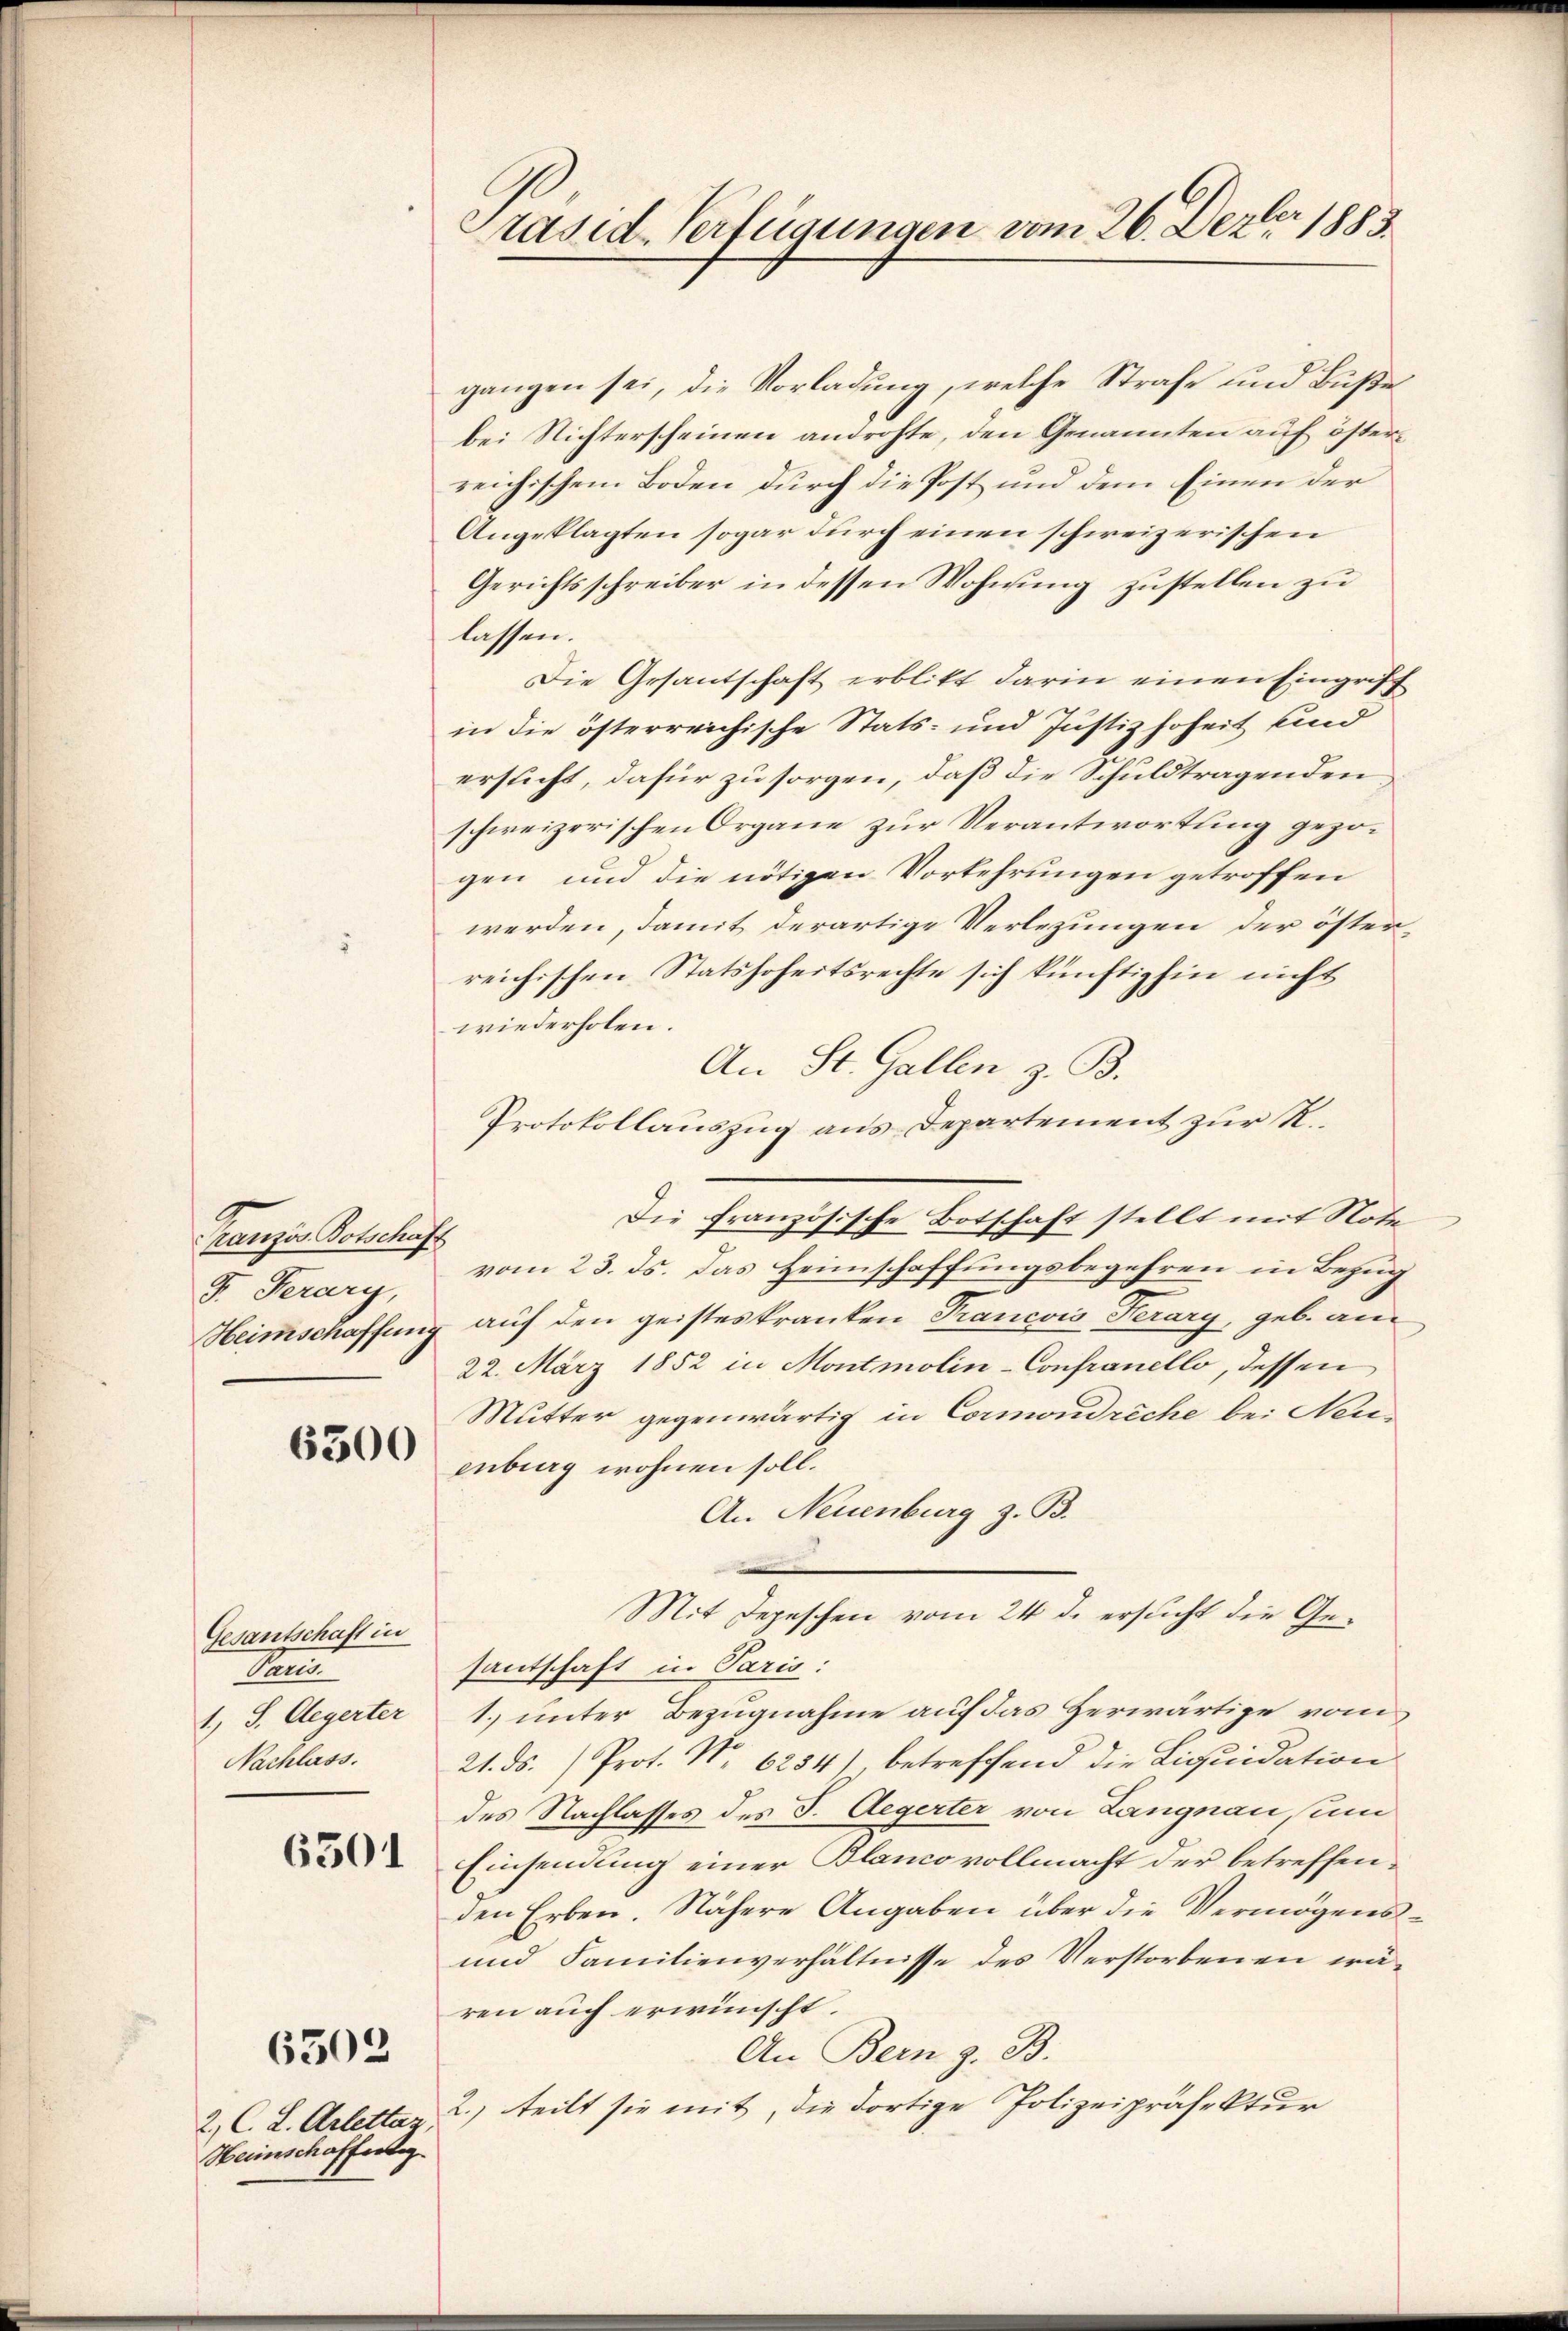
Französ. Botschaft
J. Ferary,

6300

Gesantschaft in
F
1.) S. Aegerter
Nachlass.

6501

2, C. L. Arlettaz
Heimschaffertig

6503

Präside Verfügungen vom 26. Dezbr 1883.

gangen sei, die Vorladung, welche Strafe und Buße
bei Nichterscheinen androhte, den Genannten auf österreichischem Boden durch die Post und dem Einen der
Angeklagten sogar durch einen schweizerischen
Gerichtsschreiber in dessen Wohnung zustellen zu
lassen.
Die Gesantschaft erblitt darin einen Eingriff
in die österreichische Stats- und Justiz hoheit und
ersucht, dafür zu sorgen, daß die Schuldtragenden
schweizerischen Organe zur Verantwortung gezogen und die nötigen Vorkehrungen getroffen
werden, damit derartige Verlegungen der österreichischen Statshoheitsrechte sich künftighin nicht
wiederholen.
An St. Gallen, z. B.
Protokollauszug aus Departement zur R.
Die französische Botschaft stellt mit Note
vom 23. ds. das Heimschaffungsbegehren in Bezug
Heimschaffung auf den geisteskranken Francois Terary, geb. am
22. März 1852 in Montmolin-Confranello, dessen
Mutter gegenwärtig in Cormondreche bei Neuenberg wohnen soll.
An Neuenburg z. B.
Mit Depeschen vom 24. d. ersucht die Gesantschaft in Paris:
1. unter Bezugnahme auf das Herwärtige vom
21. ds. ) Prot. No. 6254), betreffend die Liquidation
des Nachlasses des J. Aegerter von Langnau, und
Einsendung einer Blanco vollmacht der betreffenden Erben. Nähere Angaben über die Vermögens¬
und Familienverhältnisse des Verstorbenen wären auch erwünscht.
An Bern z. B.
2.) teilt sie mit, die dortige Polizeipräfektur